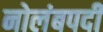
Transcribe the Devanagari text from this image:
नोलंबपदी